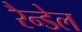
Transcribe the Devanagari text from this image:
रैन्डेल